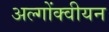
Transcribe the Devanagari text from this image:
अल्गोंक्वीयन